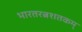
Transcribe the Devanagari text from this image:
भारतरत्नशतकम्